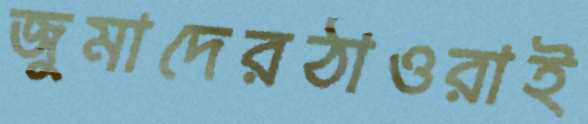
জুমাদেরঠাওরাই